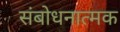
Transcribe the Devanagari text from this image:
संबोधनात्मक